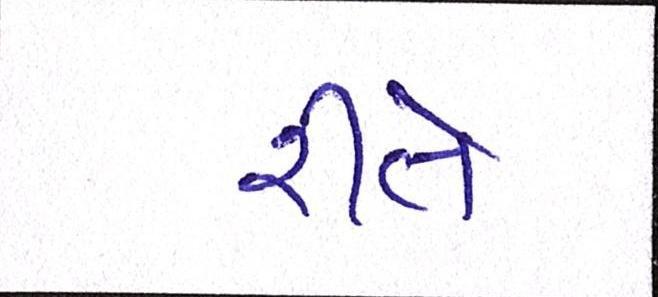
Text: રીતે